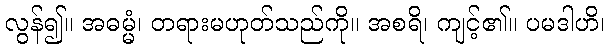
လွန်၍။ အဓမ္မံ၊ တရားမဟုတ်သည်ကို။ အစရိ၊ ကျင့်၏။ ပမဒါဟိ၊